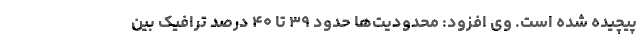
پیچیده شده است. وی افزود: محدودیت‌ها حدود ۳۹ تا ۴۰ درصد ترافیک بین